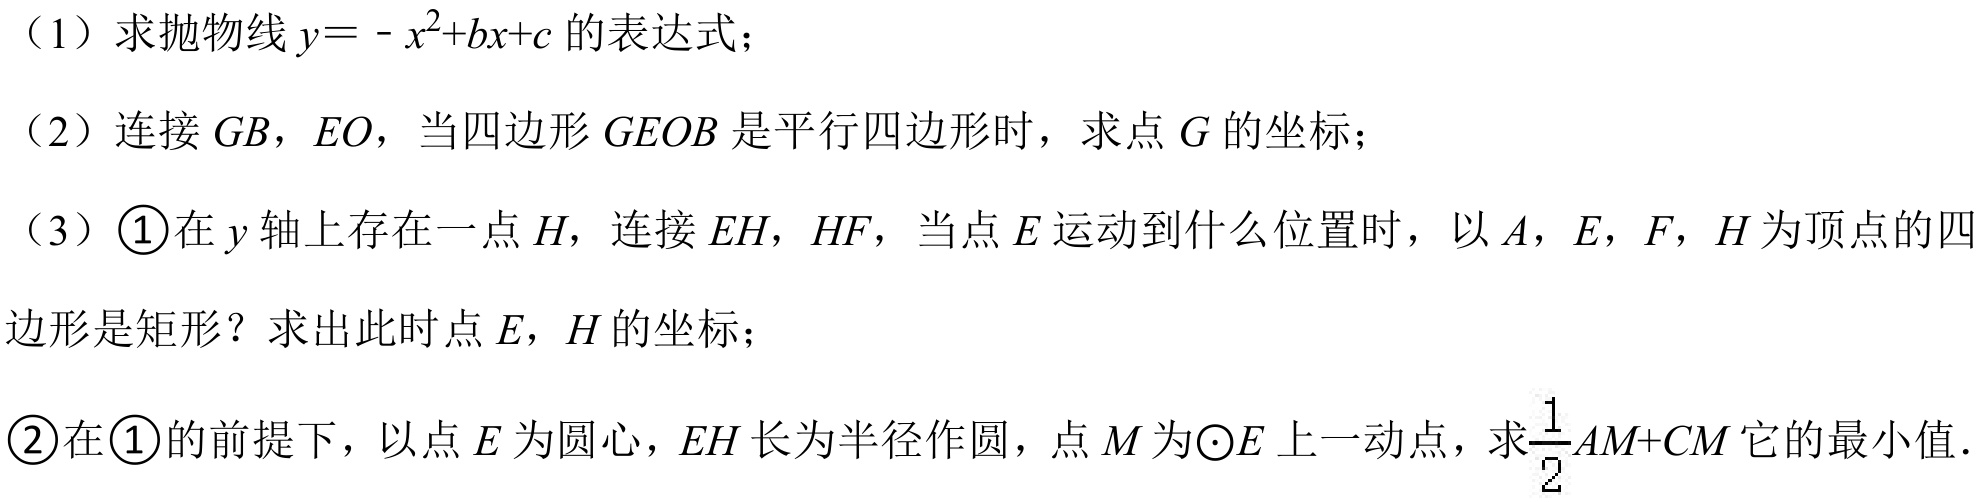
（1）求抛物线 \(y=-x^{2}+bx + c\) 的表达式；
（2）连接 \(GB\)，\(EO\)，当四边形 \(GEOB\) 是平行四边形时，求点 \(G\) 的坐标；
（3）\(\textcircled{1}\)在 \(y\) 轴上存在一点 \(H\)，连接 \(EH\)，\(HF\)，当点 \(E\) 运动到什么位置时，以 \(A\)，\(E\)，\(F\)，\(H\) 为顶点的四边形是矩形？求出此时点 \(E\)，\(H\) 的坐标；
\(\textcircled{2}\)在 \(\textcircled{1}\)的前提下，以点 \(E\) 为圆心，\(EH\) 长为半径作圆，点 \(M\) 为\(\odot E\) 上一动点，求\(\frac{1}{2}AM + CM\) 它的最小值．